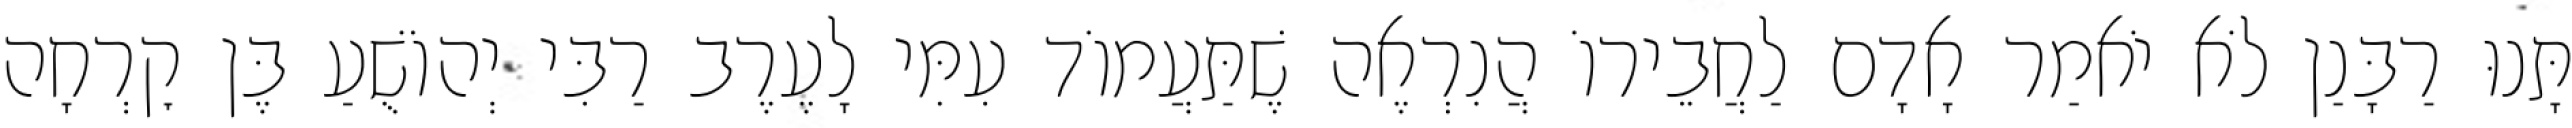
תָּנוּ רַבָּנַן לֹא יֹאמַר אָדָם לַחֲבֵירוֹ הֲנִרְאֶה שֶׁתַּעֲמוֹד עִמִּי לָעֶרֶב רַבִּי יְהוֹשֻׁעַ בֶּן קׇרְחָה